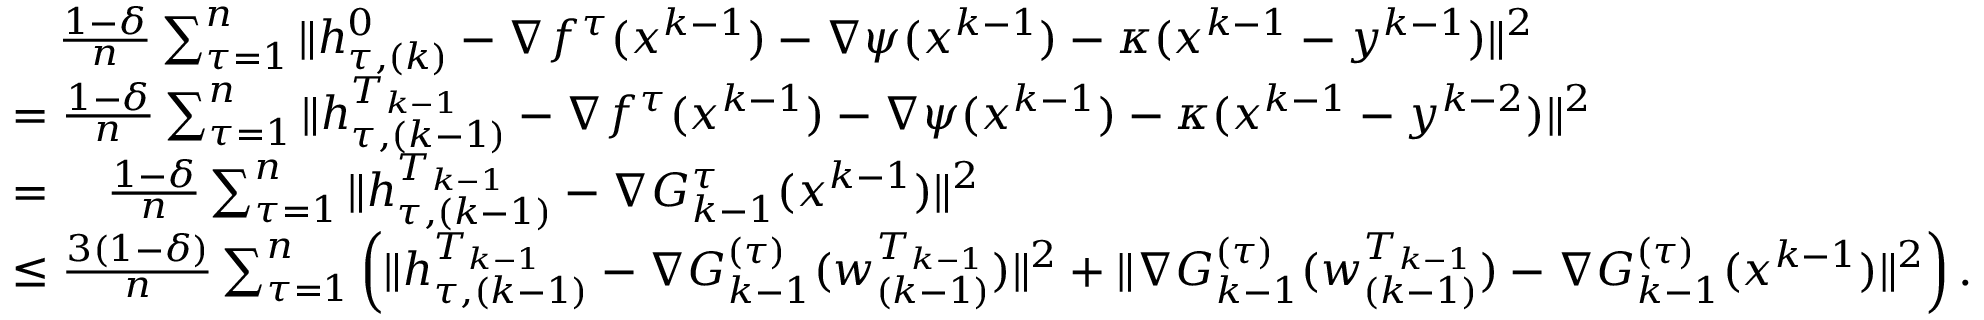
\begin{array} { r l } & { \quad \frac { 1 - \delta } { n } \sum _ { \tau = 1 } ^ { n } \| h _ { \tau , ( k ) } ^ { 0 } - \nabla f ^ { \tau } ( x ^ { k - 1 } ) - \nabla \psi ( x ^ { k - 1 } ) - \kappa ( x ^ { k - 1 } - y ^ { k - 1 } ) \| ^ { 2 } } \\ & { = \frac { 1 - \delta } { n } \sum _ { \tau = 1 } ^ { n } \| h _ { \tau , ( k - 1 ) } ^ { T _ { k - 1 } } - \nabla f ^ { \tau } ( x ^ { k - 1 } ) - \nabla \psi ( x ^ { k - 1 } ) - \kappa ( x ^ { k - 1 } - y ^ { k - 2 } ) \| ^ { 2 } } \\ & { = \quad \frac { 1 - \delta } { n } \sum _ { \tau = 1 } ^ { n } \| h _ { \tau , ( k - 1 ) } ^ { T _ { k - 1 } } - \nabla G _ { k - 1 } ^ { \tau } ( x ^ { k - 1 } ) \| ^ { 2 } } \\ & { \leq \frac { 3 ( 1 - \delta ) } { n } \sum _ { \tau = 1 } ^ { n } \left( \| h _ { \tau , ( k - 1 ) } ^ { T _ { k - 1 } } - \nabla G _ { k - 1 } ^ { ( \tau ) } ( w _ { ( k - 1 ) } ^ { T _ { k - 1 } } ) \| ^ { 2 } + \| \nabla G _ { k - 1 } ^ { ( \tau ) } ( w _ { ( k - 1 ) } ^ { T _ { k - 1 } } ) - \nabla G _ { k - 1 } ^ { ( \tau ) } ( x ^ { k - 1 } ) \| ^ { 2 } \right) . } \end{array}